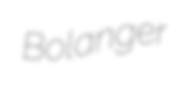
Bolanger